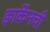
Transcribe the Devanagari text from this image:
क्वार्केनची